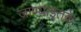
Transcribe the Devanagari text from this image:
जाण्याइतके